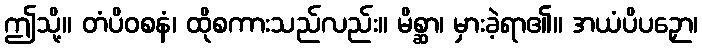
ဤသို့။ တံပိဝစနံ၊ ထိုစကားသည်လည်း။ မိစ္ဆာ၊ မှားခဲ့ရာ၏။ အယံပိပဉှော၊